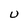
Character: U